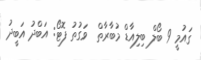
ގައުމީ 9 ބޯލް ބިލިއާޑް މުބާރާތް  ވަގުތު ފޮޓޯ: އަބްދު އަބީދު